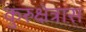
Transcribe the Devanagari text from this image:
कुरुक्षेत्रास